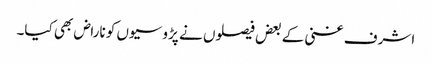
اشرف غنی کے بعض فیصلوں نے پڑوسیوں کو ناراض بھی کیا۔